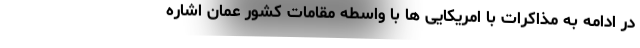
در ادامه به مذاکرات با امریکایی ها با واسطه مقامات کشور عمان اشاره